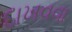
દાખવવા